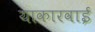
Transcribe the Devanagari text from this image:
याकारवाई